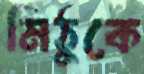
মিঠুকে